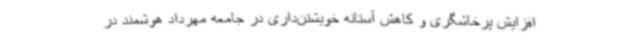
افزایش پرخاشگری و کاهش آستانه خویشتن‌داری در جامعه مهرداد هوشمند در